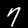
Digit: 7